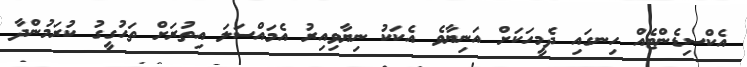
އެކްސިޑެންޓެއް ހިނގައި ދެމީހަކަށް އަނިޔާވެ އެކަކު ނިޔާވިއިރު އެމައްސަލަ އިތުރަށް ތަހުގީގު ކުރަމުންދާ